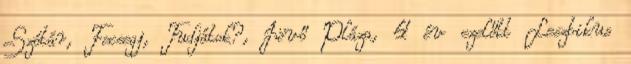
Szótár, Fecsegj, Tudjátok?, Jövő Pláza, 4 év ezelőtt Leszbikus